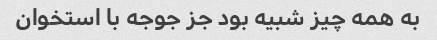
به همه چیز شبیه بود جز جوجه با استخوان